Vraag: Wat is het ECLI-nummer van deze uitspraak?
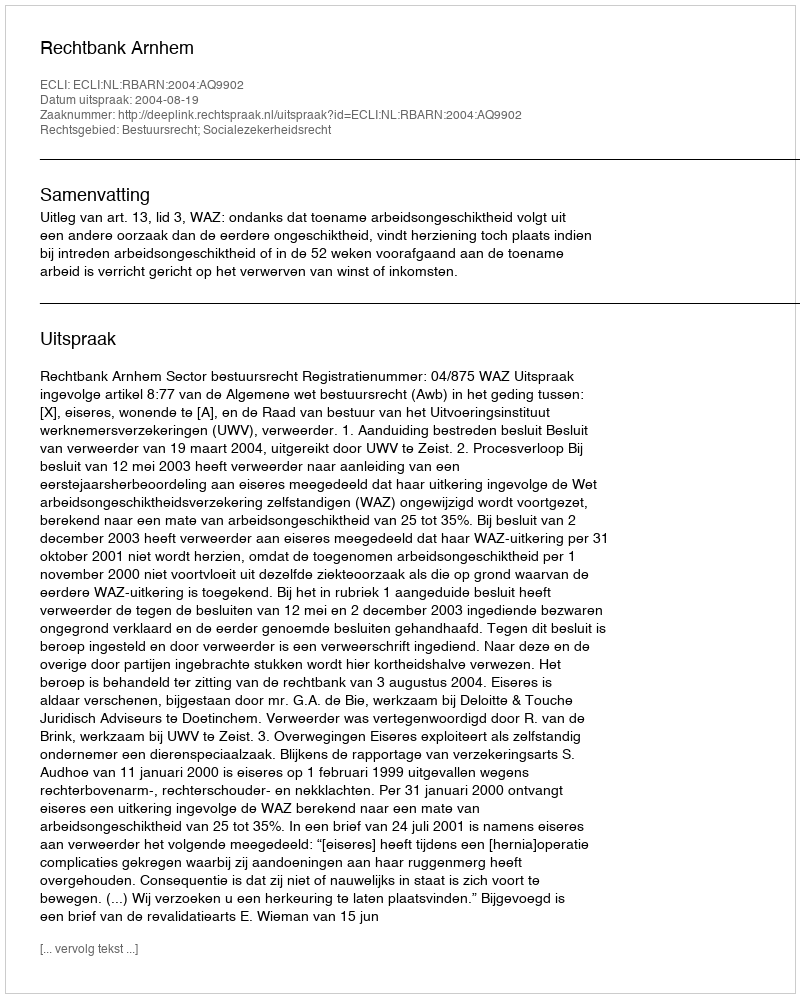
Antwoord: ECLI:NL:RBARN:2004:AQ9902